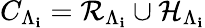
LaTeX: C_{\Lambda_{\mathbf{i}}}=\mathcal{{R}}_{\Lambda_{\mathbf{i}}}\cup\mathcal{{H}}_{\Lambda_{\mathbf{i}}}